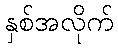
နှစ်အလိုက်